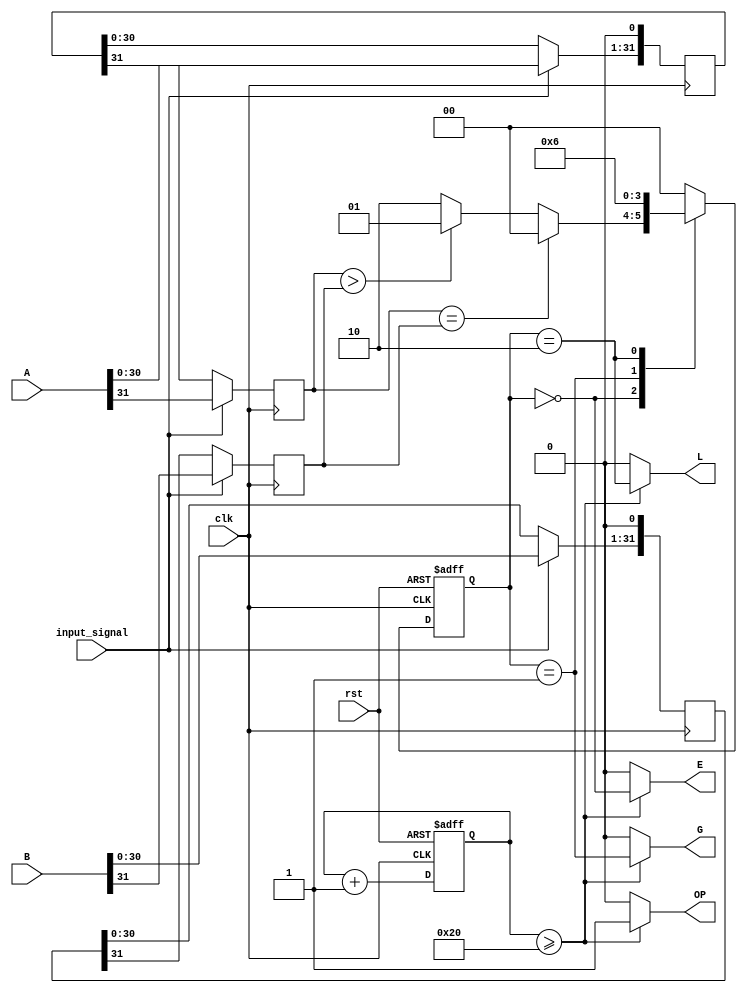
`timescale 1ns / 1ps
//////////////////////////////////////////////////////////////////////////////////
// Company: 
// Engineer: 
// 
// Design Name: 
// Module Name:    comparator 
// Project Name: 
// Target Devices: 
// Tool versions: 
// Description: 
//
// Dependencies: 
//
// Revision: 
// Revision 0.01 - File Created
// Additional Comments: 
//
//////////////////////////////////////////////////////////////////////////////////

// Assignment number - 5
// Problem number - 4 (source file)
// Semester - 5 (Aut 2021)
// Group number - 5
// Group Member 1 - Suryam Arnav Kalra (19CS30050)
// Group Member 2 - Kunal Singh (19CS30025)

module comparator(clk, rst, A, B, L, E, G, input_signal, OP);
	input clk, rst, input_signal; // These are the inputs
	input [31:0] A, B;  				// These are the 32 bit numeric input
	output reg L = 0, E = 0, G = 0; // These are the register that will tell whether A < B (L = 1) or A > B (G = 1) or A == B (E = 1)
 	output reg OP = 0;				// This register in output will be 1 if the process is complete and else 0
	reg a, b;
	reg [7:0] count; 					// This is used to count how many bits are compared till now
	parameter S0 = 0, S1 = 1, S2 = 2; // Defining the states
	reg [1:0] PS, NS;   				// These are present state and next state
	reg [31:0] A_ , B_; 				// This is used to convert input wire signal to register to do operations on it
	
	
	always @(negedge clk) begin
		if(input_signal) begin
			A_ = A;
			B_ = B;
			a = A_[31]; b = B_[31];
			A_ = A_ << 1;
			B_ = B_ << 1;
			A_[0] = 0;
			B_[0] = 0;
		end
		else begin
			a = A_[31]; b = B_[31];
			A_ = A_ << 1;
			B_ = B_ << 1;
			A_[0] = 0;
			B_[0] = 0;
		end
	end
	
	always @(posedge clk or posedge rst) begin
		// this is just to make present state = S0, and making count = 0
		if(rst) begin
			PS <= S0;
			count <= 0;
		end
		
		else begin
		// changing the present state to the calculated next state
			PS <= NS;
		// incrementing the count
			count <= count + 8'b00000001;
		end
	end
	
	// The below always block is for next state logic
	
	always @(*) begin
		case (PS)
			S0: begin
			// At S0 if both the bits of a and b are equal (00 or 11) then the next state will be S0 only
				if(a == b) begin
					NS = S0;
				end
			// At S0 if bit of a is 1 and bit of b is 0 then the next state is S1
				else if(a > b) begin
					NS = S1;
				end
				else begin
					NS = S2;
				end
			end
			// Once we reach S1 , whatever the bits are after that seen we will stay at S1 and give the output greater equal at the end
			S1: begin
				NS = S1;
			end
			// Once we reach S2 , whatever the bits are after that seen we will stay at S1 and give the output lesser equal at the end
			S2: begin
				NS = S2;
			end
			// Otherwise we go back to S0 and give the output equal at the end
			default: begin
				NS = S0;
			end
		endcase
	end
	
	always @(*) begin
	// This is to check if we have seen all the 32 bits since we have to give outputs then only
		if(count >= 32) begin
			// after 32 bits we can make OP = 1 , that shows process is finished 
			OP <= 1;
			// This is setting the output based on the last state we were in when process completed
			L <= (PS == S2);
			E <= (PS == S0);
			G <= (PS == S1);
		end
		else begin
			// if the process is not yet complete we set the outputs to be zero
			OP <= 0;
			L <= 0;
			E <= 0;
			G <= 0;
		end
	end
endmodule